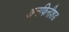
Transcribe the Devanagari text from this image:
अनफिनीशड